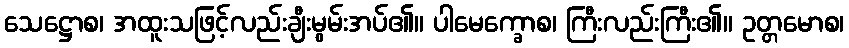
သေဋ္ဌောစ၊ အထူးသဖြင့်လည်းချီးမွမ်းအပ်၏။ ပါမေက္ခောစ၊ ကြီးလည်းကြီး၏။ ဥတ္တမောစ၊